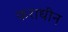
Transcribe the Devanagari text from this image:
कराधीन